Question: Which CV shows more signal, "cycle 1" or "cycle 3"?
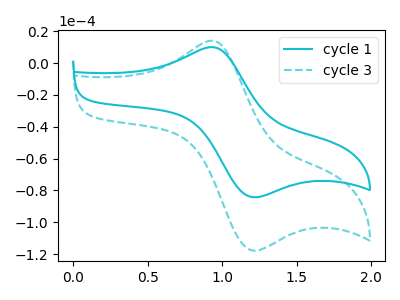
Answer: <think>The cyan curve "cycle 1" has an anodic peak at (0.95V, 10.10uA) and a cathodic peak at (1.20V, -83.95uA). The cyan dashed curve "cycle 3" has an anodic peak at (0.95V, 14.15uA) and a cathodic peak at (1.20V, -117.40uA).
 All the peaks in "cycle 1" have a peak in "cycle 3" at the same potential. Every peak in "cycle 1" is lower than every peak in "cycle 3".</think>
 <answer>"cycle 1" has less signal than "cycle 3".</answer>
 <eval>less_signal</eval>